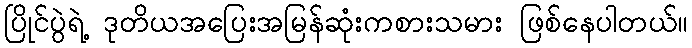
ပြိုင်ပွဲရဲ့ ဒုတိယအပြေးအမြန်ဆုံးကစားသမား ဖြစ်နေပါတယ်။